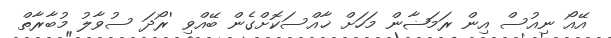
އޭއޯ ނިއުސް އިން ރަމަޟާން މަހަށް ޚާއްސަކޮށްގެން ބޭއްވި 'ރޯދަ ސުވާލު މުބާރާތް